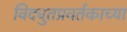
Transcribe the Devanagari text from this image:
विद्युतप्रवर्तकाच्या